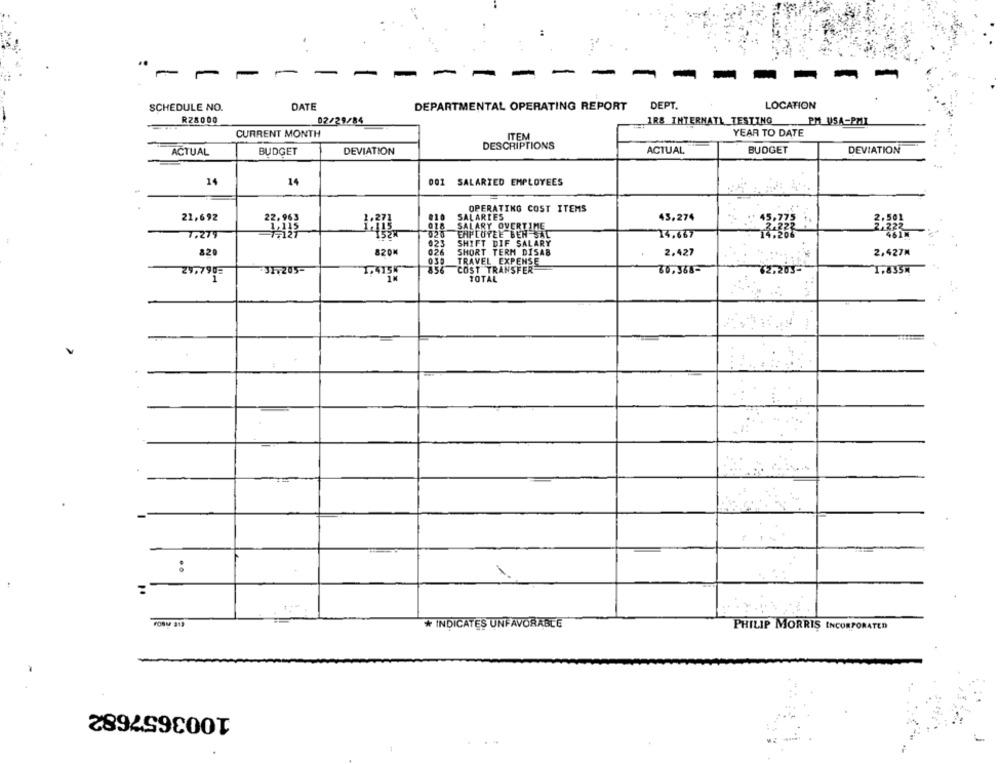
..
-
-
-
-
SCHEDULE NO.
DATE
DEPARTMENTAL OPERATING REPORT
DEPT.
LOCATION
R28000
02/29/84
IR& INTERNATL_TESTING
PM USA-PMI
=
CURRENT MONTH
ITEM
YEAR TO DATE
DESCRIPTIONS
ACTUAL
BUDGET
DEVIATION
ACTUAL
BUDGET
DEVIATION
14
14
001 SALARIED EMPLOYEES
: 4.
OPERATING COST ITEMS
21,692
010
SALARIES
45.274
SALARY OVERTIME
7.279
EMPLOYEE BEN SAL
14.667
461M
023
SHIFT DIF SALARY
820
820M
026
SHORT TERM DISAB
2.427
2,427M
TRAVEL EXPENSE
1,415K
0Sp
COST TRANSFER
29,790=
JHV205-
60,368-
72,205
1,835m
1
TOTAL
-
* INDICATES UNFAVORABLE
PHILIP MORRIS INCORPORATED
1003657682
. .